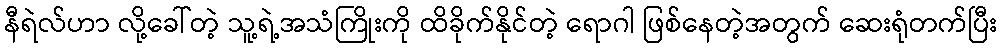
နီရဲလ်ဟာ လို့ခေါ်တဲ့ သူ့ရဲ့အသံကြိုးကို ထိခိုက်နိုင်တဲ့ ရောဂါ ဖြစ်နေတဲ့အတွက် ဆေးရုံတက်ပြီး